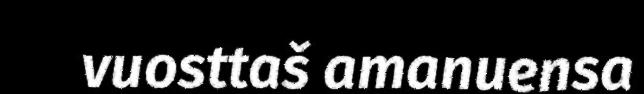
vuosttaš amanuensa